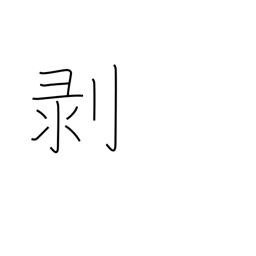
Meaning: come off